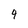
Character: 4